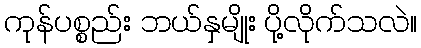
ကုန်ပစ္စည်း ဘယ်နှမျိုး ပို့လိုက်သလဲ။